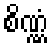
စိဏ္ဏံ